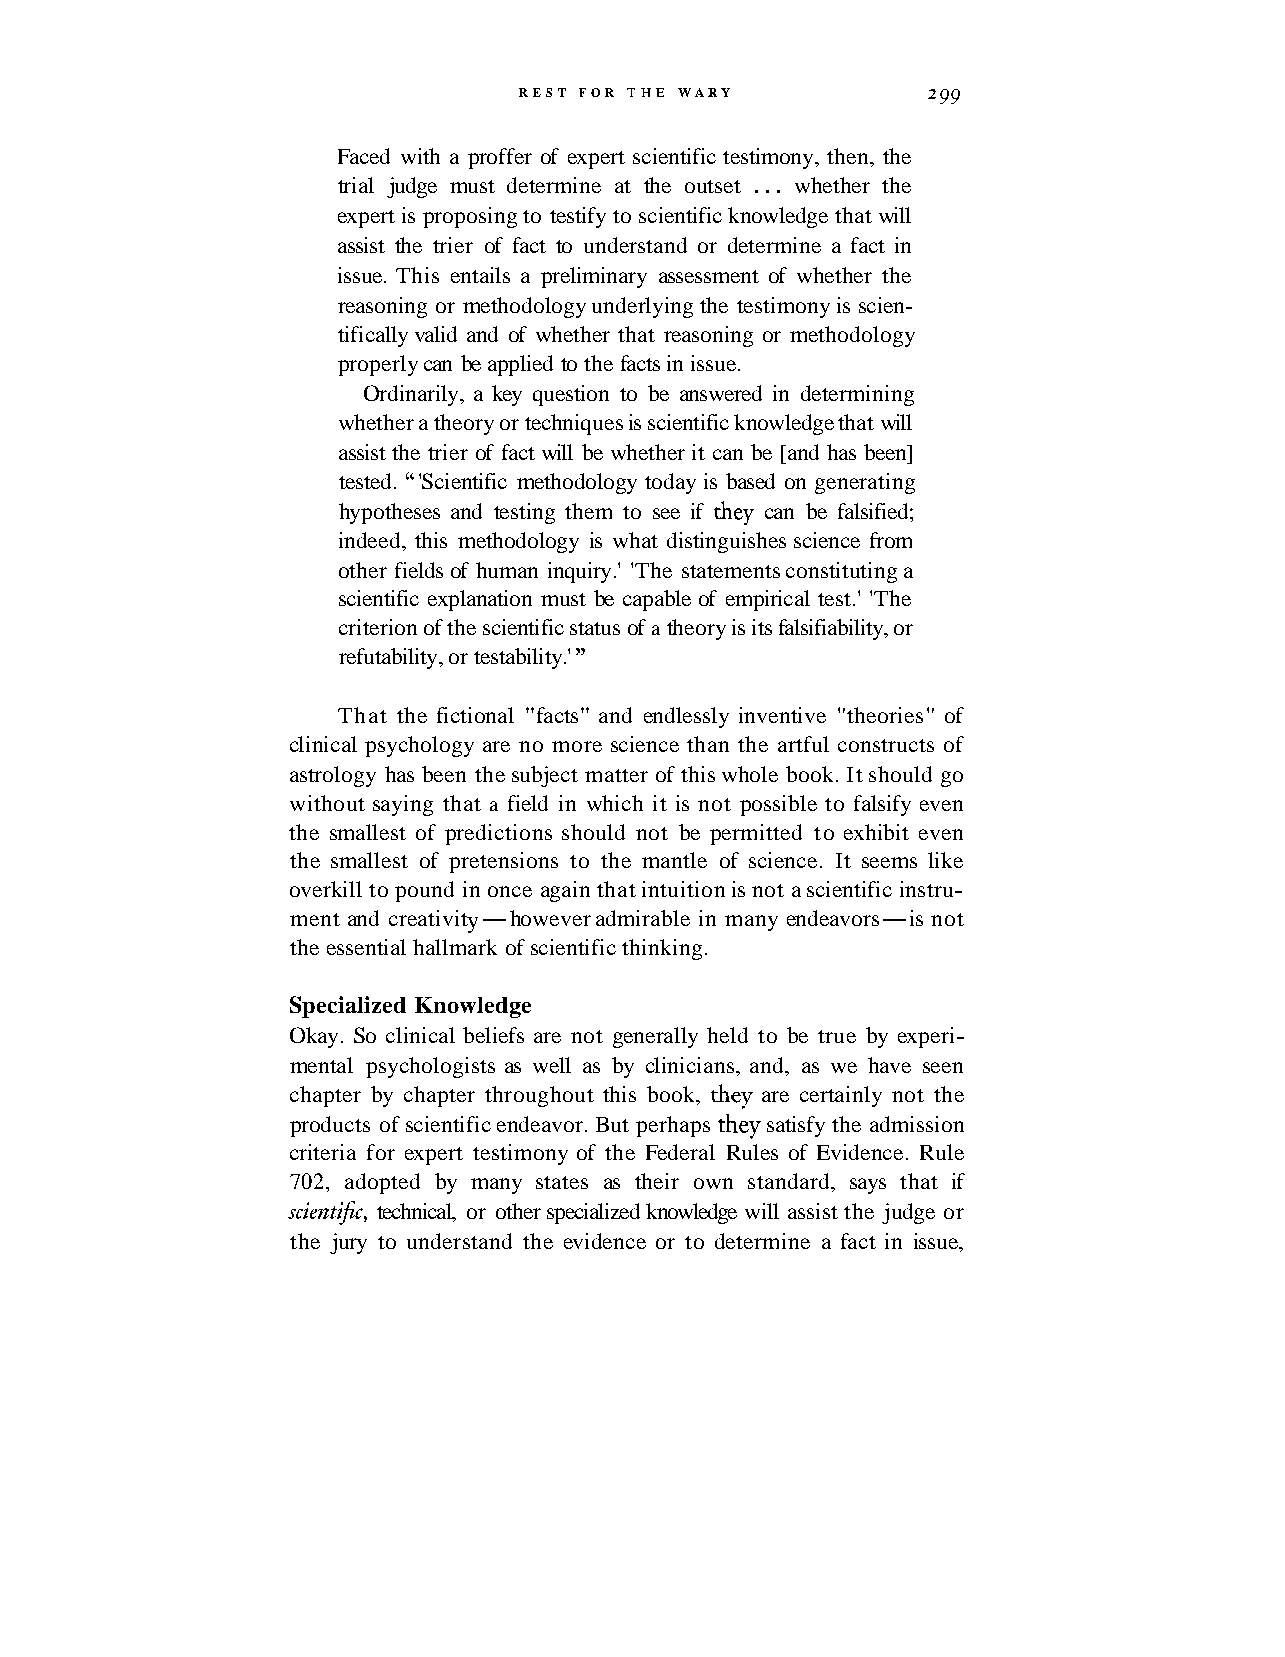
REST FOR THE WARY          2 99
 Faced with a proffer of expert scientific testimony, then, the
 trial judge must determine at the outset . . . whether the
 expert is proposing to testify to scientific knowledge that will
 assist the trier of fact to understand or determine a fact in
 issue. This entails a preliminary assessment of whether the
 reasoning or methodology underlying the testimony is scien-
 tifically valid and of whether that reasoning or methodology
 properly can be applied to the facts in issue.
 Ordinarily, a key question to be answered in determining
 whether a theory or techniques is scientific knowledge that will
 assist the trier of fact will be whether it can be [and has been]
 tested. 'Scientific methodology today is based on generating
 "
 hypotheses and testing them to see if they can be falsified;
 indeed, this methodology is what distinguishes science from
 other fields of human inquiry.' 'The statements constituting a
 scientific explanation must be capable of empirical test.' 'The
 criterion of the scientific status of a theory is its falsifiability, or
 refutability, or testability.' "
 That the fictional "facts" and endlessly inventive "theories" of
 clinical psychology are no more science than the artful constructs of
 astrology has been the subject matter of this whole book. It should go
 without saying that a field in which it is not possible to falsify even
 the smallest of predictions should not be permitted to exhibit even
 the smallest of pretensions to the mantle of science. It seems like
 overkill to pound in once again that intuition is not a scientific instru-
 ment and creativity-however admirable in many endeavors-is not
 the essential hallmark of scientific thinking.
 Specialized Knowledge
 Okay. So clinical beliefs are not generally held to be true by experi-
 mental psychologists as well as by clinicians, and, as we have seen
 chapter by chapter throughout this book, they are certainly not the
 products of scientific endeavor. But perhaps they satisfy the admission
 criteria for expert testimony of the Federal Rules of Evidence. Rule
 702, adopted by many states as their own standard, says that if
 scientifc, technical, or other specialized knowledge will assist the judge or
 the jury to understand the evidence or to determine a fact in issue,